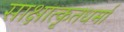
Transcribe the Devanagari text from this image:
साक्षात्कृतधर्मा